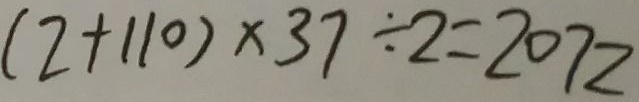
( 2 + 1 1 0 ) \times 3 7 \div 2 = 2 0 7 2